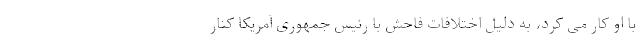
با او کار می کرد، به دلیل اختلافات فاحش با رئیس جمهوری آمریکا کنار